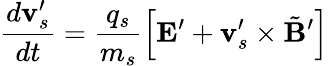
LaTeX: \frac{d\mathbf v_{s}^{\prime}}{dt}=\frac{q_{s}}{m_{s}}\left[\mathbf E^{\prime}+\mathbf v_{s}^{\prime}\times\tilde{\mathbf B}^{\prime}\right]